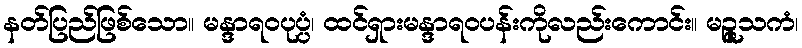
နတ်ပြည်ဖြစ်သော။ မန္ဒာရဝပုပ္ပံ၊ ထင်ရှားမန္ဒာရဝပန်းကိုလည်းကောင်း။ မဉ္ဇူသကံ၊